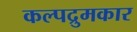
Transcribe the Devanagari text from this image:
कल्पद्रुमकार